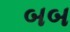
બબ